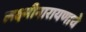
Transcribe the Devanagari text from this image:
लक्ष्मीनारायणाचे